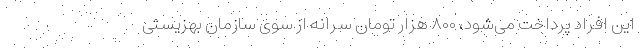
این افراد پرداخت می‌شود، ۸۰۰ هزار تومان سرانه از سوی سازمان بهزیستی